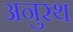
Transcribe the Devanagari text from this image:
अनुरथ